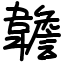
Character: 䪜